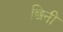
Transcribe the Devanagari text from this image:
छिनी